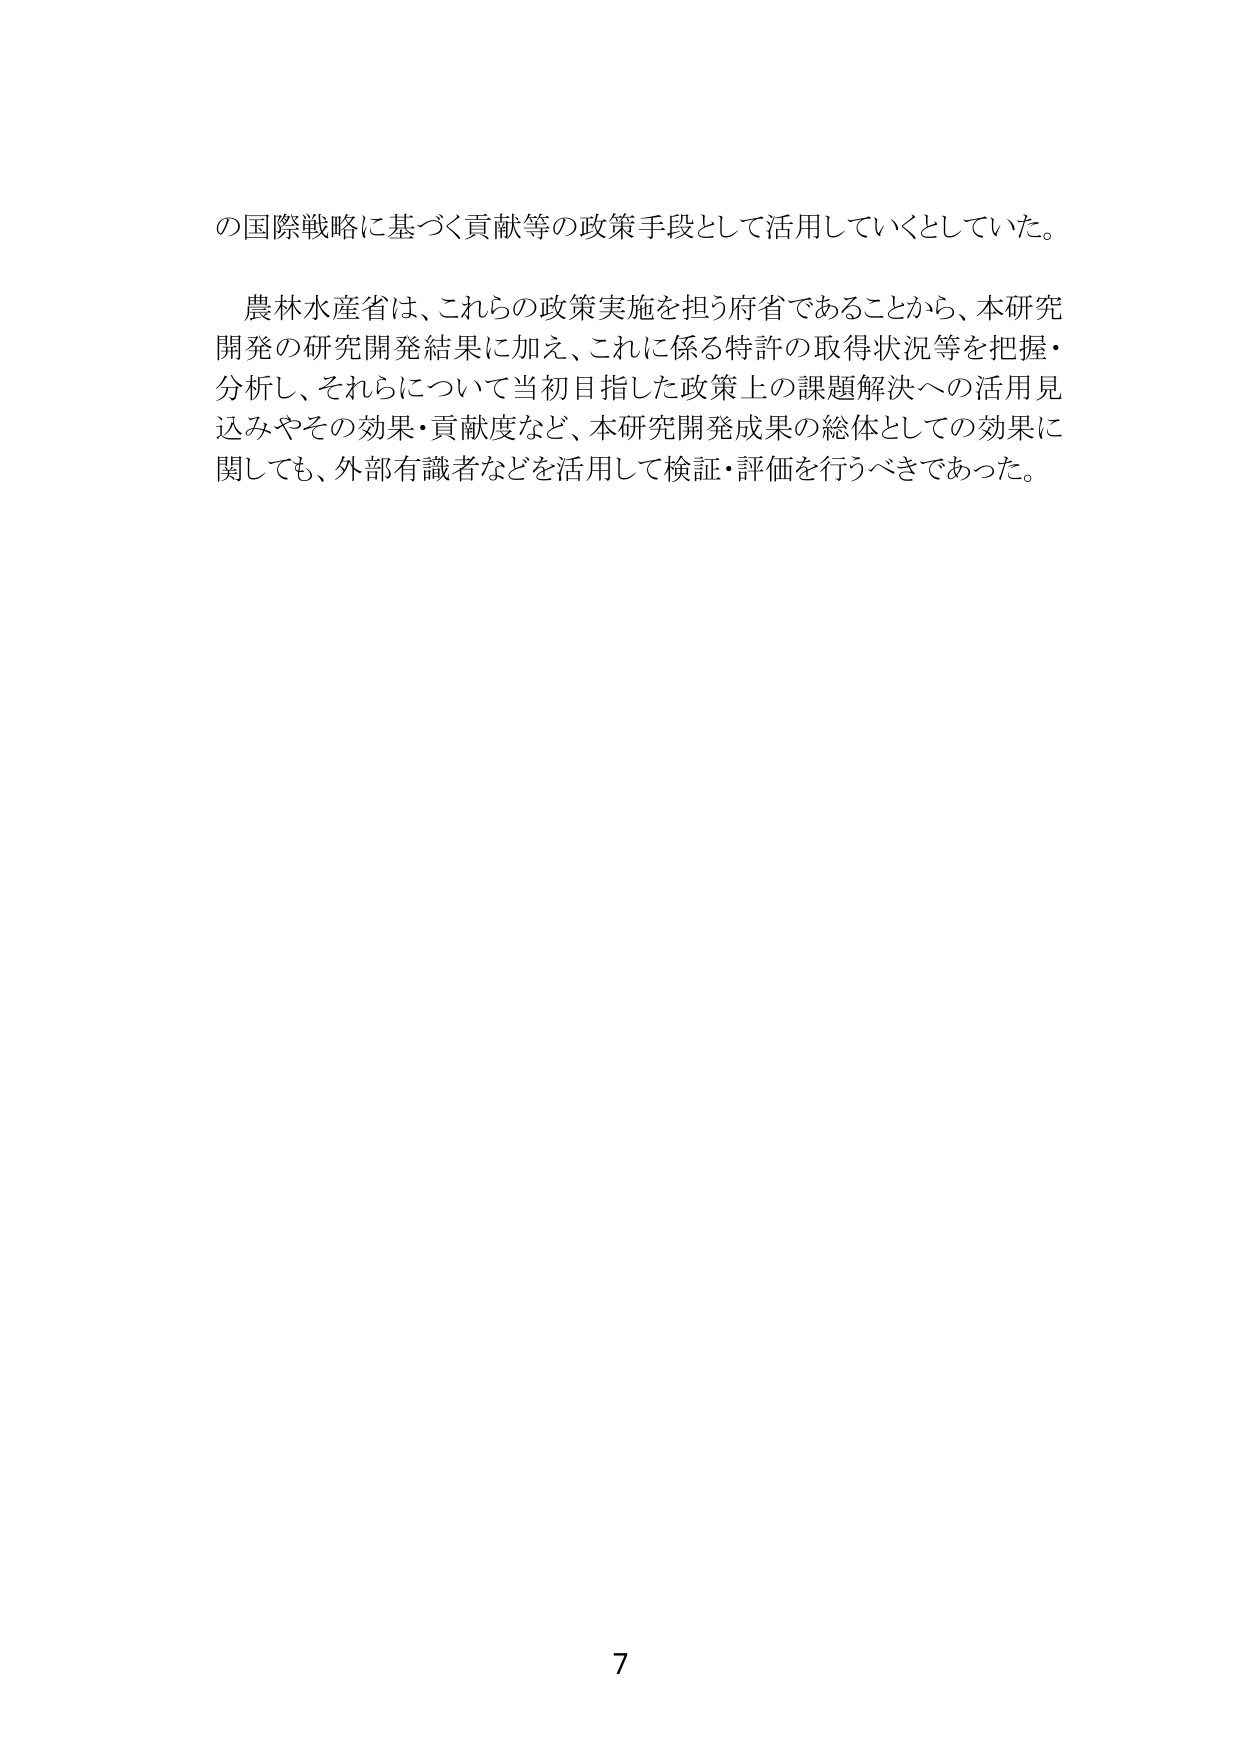
の国際戦略に基づく貢献等の政策手段として活用していくとしていた。

農林水産省は、これらの政策実施を担う府省であることから、本研究開発の研究開発結果に加え、これに係る特許の取得状況等を把握・分析し、それらについて当初目指した政策上の課題解決への活用見込みやその効果・貢献度など、本研究開発成果の総体としての効果に関しても、外部有識者などを活用して検証・評価を行うべきであった。

7